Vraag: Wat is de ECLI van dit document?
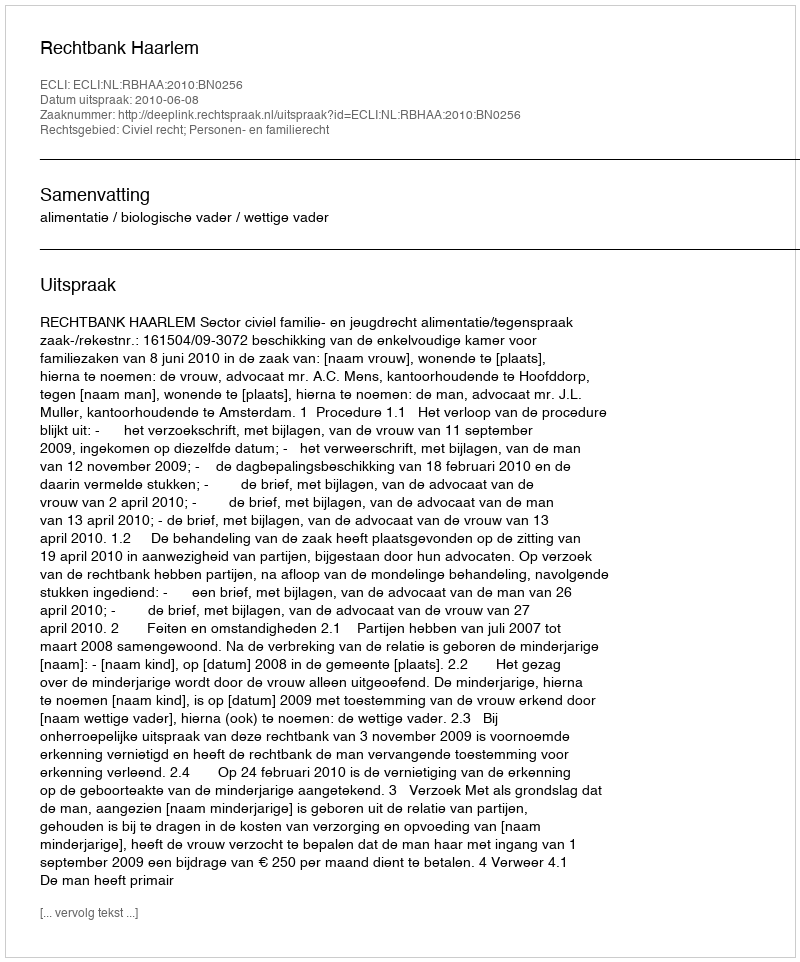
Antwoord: ECLI:NL:RBHAA:2010:BN0256